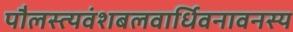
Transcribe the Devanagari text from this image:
पौलस्त्यवंशबलवार्धिवनावनस्य